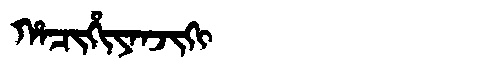
Manchu: ᡥᠠᠴᡳᡥᡳᠶᠠᠨᠵᡳᡴᡳ
Romanization: HACIHIYANJIKI